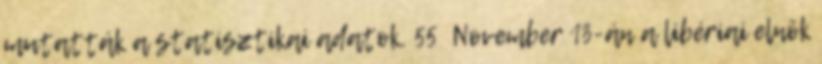
mutatták a statisztikai adatok. 55 November 13-án a libériai elnök